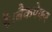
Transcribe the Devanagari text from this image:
है।बैकपेकर